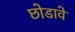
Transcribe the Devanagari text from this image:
छोडावे